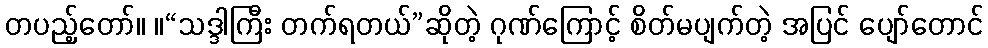
တပည့်တော်။ ။“သဒ္ဒါကြီး တက်ရတယ်”ဆိုတဲ့ ဂုဏ်ကြောင့် စိတ်မပျက်တဲ့ အပြင် ပျော်တောင်